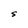
Character: S